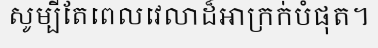
សូម្បីតែពេលវេលាដ៏អាក្រក់បំផុត។